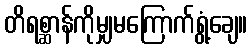
တိရစ္ဆာန်ကိုမျှမကြောက်ရွံ့ချေ။